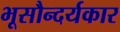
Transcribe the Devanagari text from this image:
भूसौन्दर्यकार